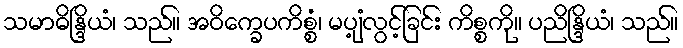
သမာဓိန္ဒြိယံ၊ သည်။ အဝိက္ခေပကိစ္စံ၊ မပျံ့လွင့်ခြင်း ကိစ္စကို။ ပညိန္ဒြိယံ၊ သည်။